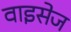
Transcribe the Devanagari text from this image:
वाइसेज